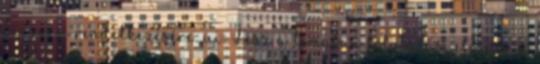
társaim rendelkezésére: ui: Lesz a témában folytatás, először a